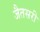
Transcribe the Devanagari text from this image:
जैतसरी